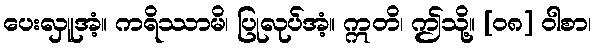
ပေးလှူအံ့။ ကရိဿာမိ၊ ပြုလုပ်အံ့။ ဣတိ၊ ဤသို့။ [၀၈] ဝါစာ၊